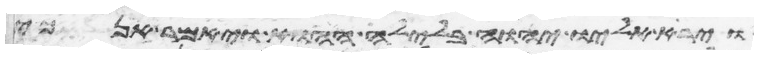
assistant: וירא אליו יהוה בלילה ההוא ויאמר אנכי